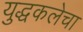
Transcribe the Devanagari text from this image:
युद्धकलेचा